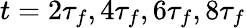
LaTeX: t=2\tau_{f},4\tau_{f},6\tau_{f},8\tau_{f}